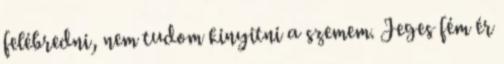
felébredni, nem tudom kinyitni a szemem. Jeges fém ér